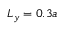
L _ { y } = 0 . 3 a